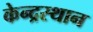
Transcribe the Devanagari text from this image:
केन्द्रस्थान